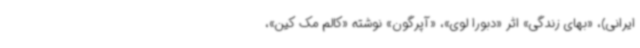
ایرانی)، «بهای زندگی» اثر «دبورا لوی»، «آپرگون» نوشته «کالم مک کین»،